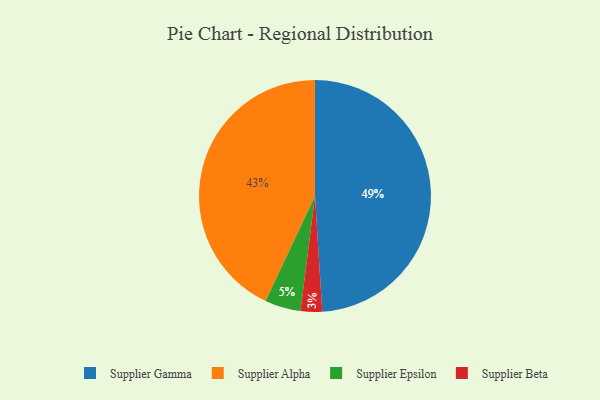
{"axis": {"x": "Category", "y": "Percentage"}, "legend": ["Supplier Alpha", "Supplier Beta", "Supplier Epsilon", "Supplier Gamma"], "data": [{"x": "Supplier Gamma", "y": 49, "type": "Supplier Gamma"}, {"x": "Supplier Beta", "y": 3, "type": "Supplier Beta"}, {"x": "Supplier Epsilon", "y": 5, "type": "Supplier Epsilon"}, {"x": "Supplier Alpha", "y": 43, "type": "Supplier Alpha"}]}